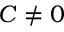
C \neq 0